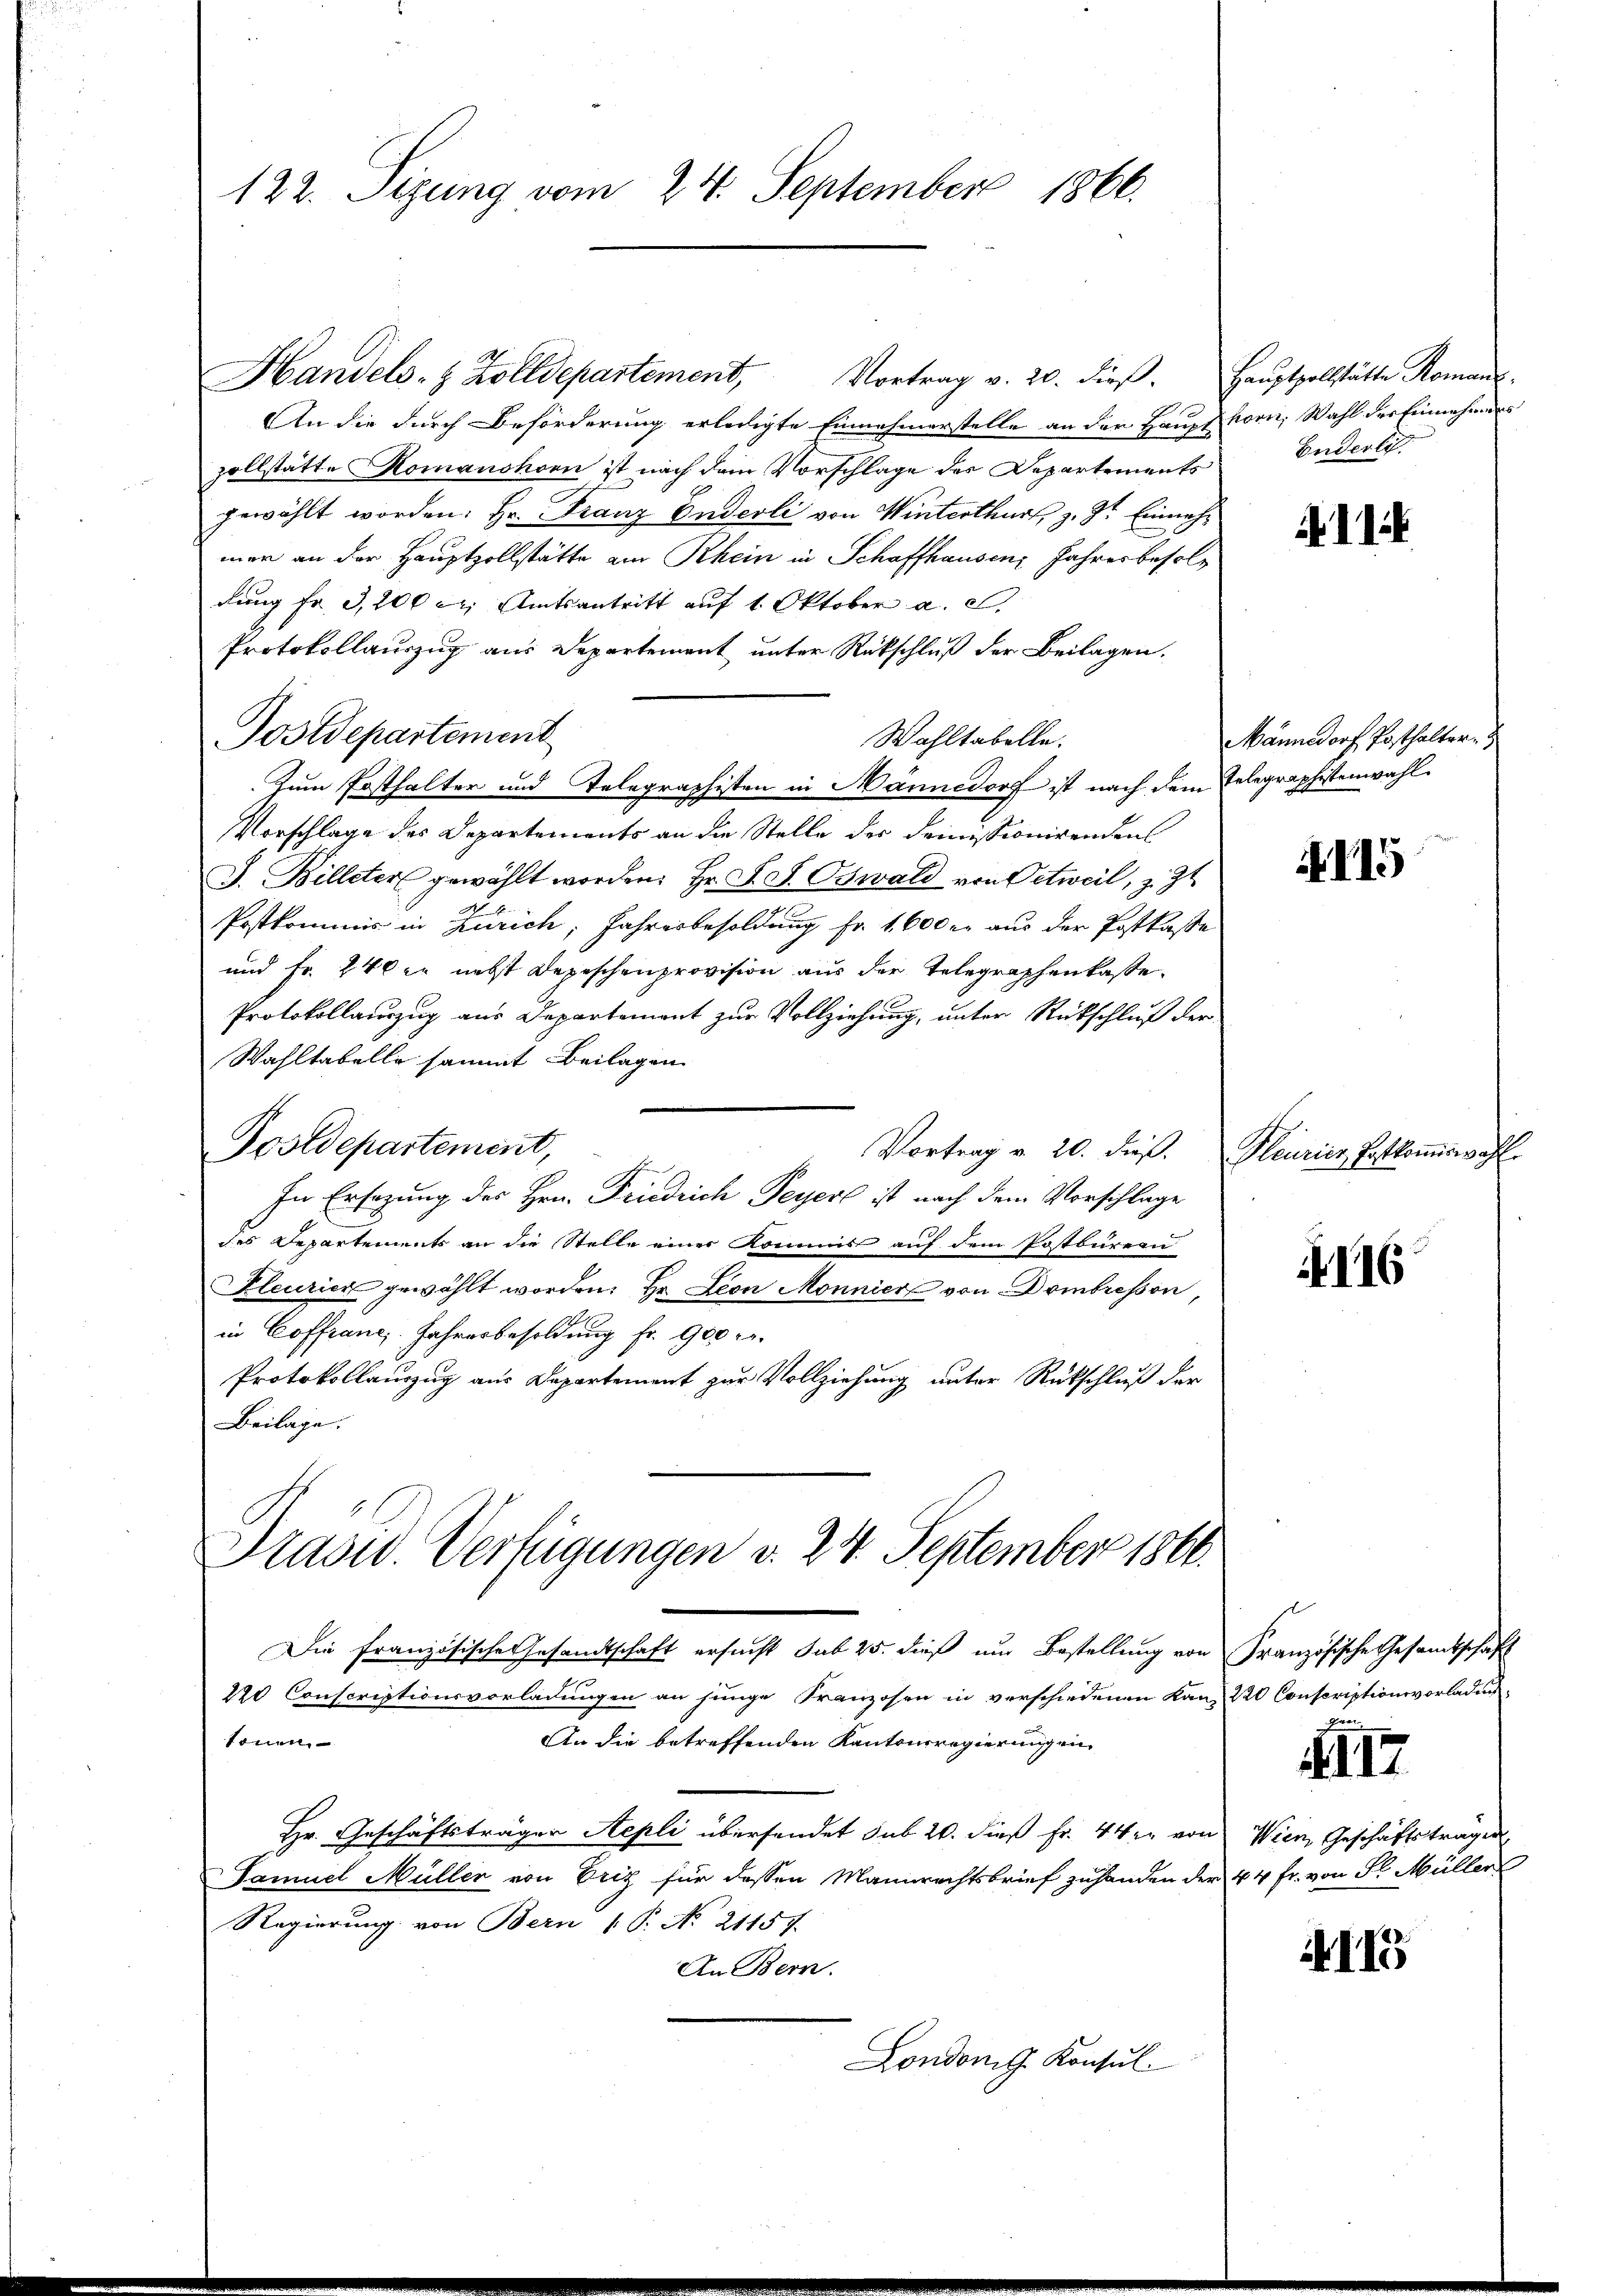
122. Sigung vom 24. September 1866.

Handels- & Zolldepartement, Vortrag v. 20. dieβ. Haŭptzollstätte Romanz
An die durch Beförderung erledigte Einnahmerstelle an der Hauptkorn, Wahl der Einnahmens
zollstätte Komanshorn ist nach dem Vorschlage des Departements
gewählt worden: Hr. Franz Enderli von Winterthur, z. Zt. Einnehmer an der Hauptzollstätte am Rhein in Schaffhausen Jahresbesoldung fr. 3,200 c, Amtsantritt auf 1. Oktober a. S.
Protokollauszug aus Departement unter Rückschluß der Beilagen.
Postdepartement
Wahltabelle.
Zum Posthalter und Telegraphisten in Männedorf ist nach dem Telegraphistenwahl.
Vorschlage des Departements an die Stelle der Demissionirenden
J. Billeter gewählt worden. Hr. F. S. Oswald von Oetweil, z. Zt
Postkommnis in Zürich, Jahresbesoldung fr. 1600 er aus der Postkasse
und Fr. 240 er nebst Depeschenprovision aus der Telegraphenkasse.
Protokollauszug aus Departement zur Vollziehung, unter Rückschluß der
Wahltabelle sammt Beilagen
Postdepartement,
Vortrag v. 20. dieß.
E
In Ersatzung des Hrn. Friedrich Peyer ist nach dem Vorschlage
des Departements an die Stelle einer Kommis auf dem Postbüreau
Fleuricz gewählt worden. Hr. Leon Monnier von Dombreson
in Coffranc, Jahresbesoldung fr. 900 r.
Protokollauszug aus Departement zur Vollziehung unter Rückschluß der
Beilage.
Präsid. Verfügungen v. 24. September 1816.
Die französische Gesandtschaft ersucht sub 25. dieß um Bestellung von Französische Gesandtschaft
220 Conscriptionsvorladungen an junge Franzosen in verschiedenen Kanz- 220 Conscriptionsvorladun
tonen.
An die betreffenden Kantonsregierungen
Hr. Geschäftsträgen Aepli übersendet sub 20. dieß Fr. 4 ten von Wien, Geschäftsträgen
Tamuel Müller von Eriz für dessen Mannrechtsbrief zuhanden der 44 fr. von Sr. Müller
Regierung von Bern 1 S. No. 21157.
An Bern.
Londong. Konsul

Buderlich.

11.

Männedorf Posthaltern

15

Heurier Postkommiswahle

4116

G

117

115